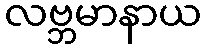
လဗ္ဘမာနာယ